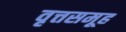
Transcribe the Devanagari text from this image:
वृत्तसमूह